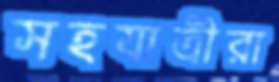
সহযাত্রীরা